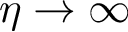
\eta \rightarrow \infty